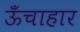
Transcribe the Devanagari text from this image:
ऊँचाहार